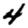
Digit: 4